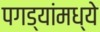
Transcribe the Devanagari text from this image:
पगड्यांमध्ये